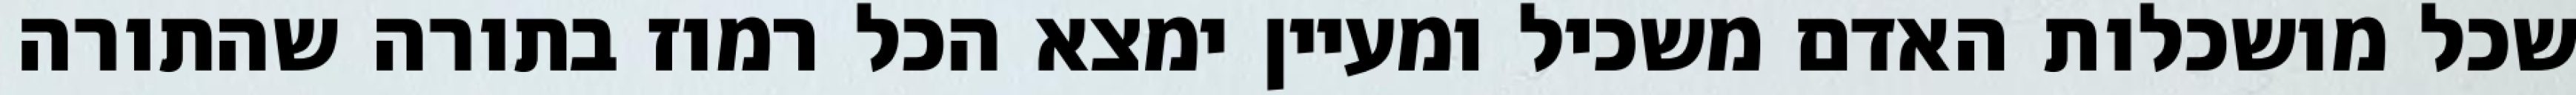
שכל מושכלות האדם משכיל ומעיין ימצא הכל רמוז בתורה שהתורה